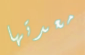
معدتها